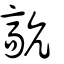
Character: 髚